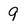
Character: 9